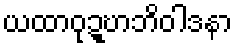
ယထာဝုဍ္ဎာဘိဝါဒနာ